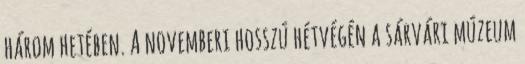
három hetében. A novemberi hosszú hétvégén a sárvári múzeum